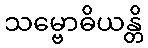
သမ္ဗောဓိယန္တိ